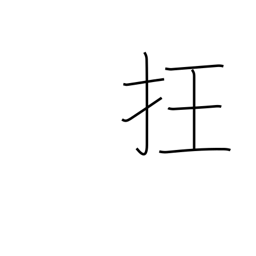
Meaning: disorder